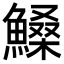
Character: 𩺞